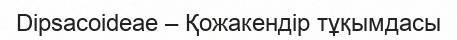
Dipsacoideae – Қожакендір тұқымдасы